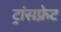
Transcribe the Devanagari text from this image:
ट्रांसफ़्रेट